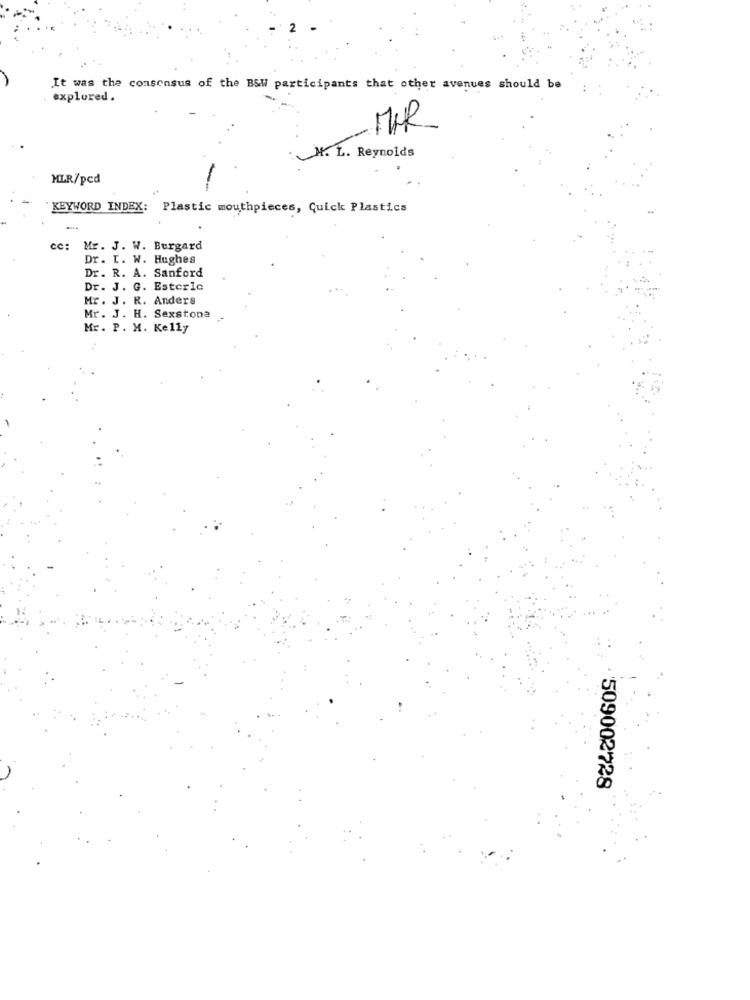
It was the consensus of the BSW participants that other avenues should be
explored .
MHR
H. L. Reynolds
MLR/ped
KEYWORD INDEX:
Plastic mouthpieces, quick Plastics
cc: Mr. J. W. Burgard
Dr. I. W. Hughes
Dr. R. A. Sanford
Dr. J. G. Esterle
Mr . J. R. Anders
Mr. J. H. Sexstone
Mr. P. M. Kelly
509002728